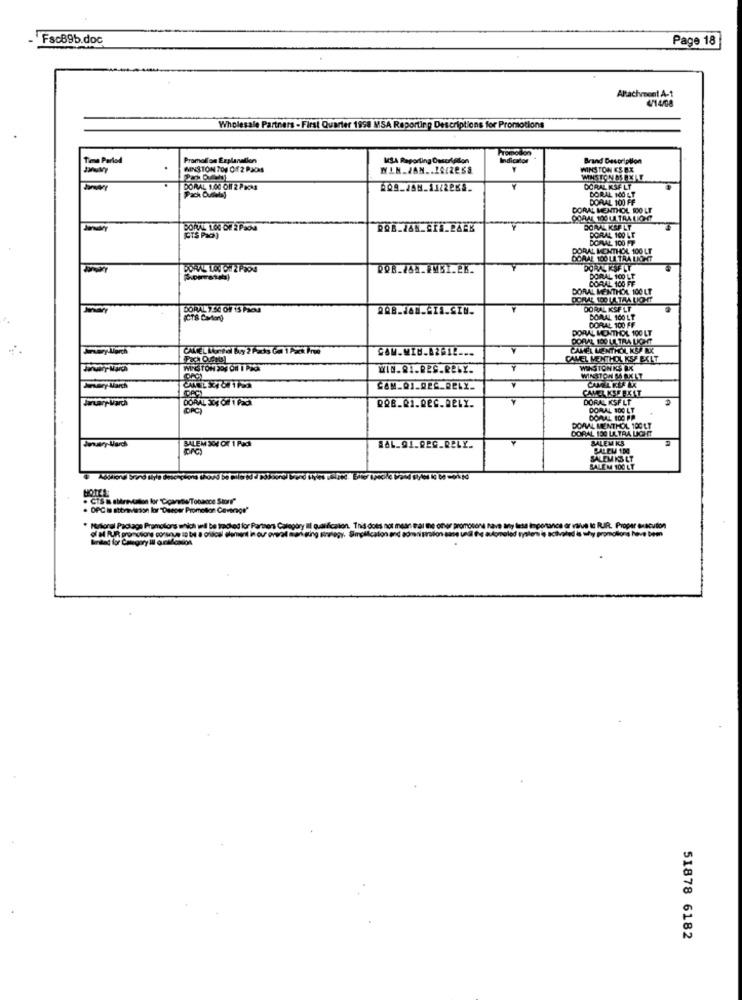
Fsc89b.doc
Page 18
Altacheont A-1
4/14/08
Wholesale Partners - First Quarter 1998 MSA Reporting Descriptions for Promotions
Tesa Period
Promotion Explanation
MSA Reporting Descrigilon
Brand Description
MINSTON TON Of 2 PJONS
WINSTON ES EX
WINSTON &SPELE
DORAL 1.00 01 2 PIMA
DORAL KSF LT
Pack Ousebay
DORAL 100 LT
DORAL 100 FF
DORAL MENTHOL TOO LE
CORAL 100 LA TRA LIGHT
BOITEL LOC OF 2 PaoM
BORAL KSP LT
PORAL 100 LT
DORVAL 100 FF
DORAL MONTHOL 100 LT
DORAL 100 LA TRA LICHOT
DORAL LOU ON 2 POON
DORAL KSFLY
CORAL 100 FF
DORAL 100 LE
DORAL MENTHOL 100 LT
DORAL 7.5€ OF 15 Pes
DORAL KSF LT
BORAL 100 LT
PORAL MONTHOL 100 LT
DORAL 100 FF
PORAL 100 LA TRA LICHT
Jurory -March
COM.MIN.AZBIL ...
CAMEL MENTHOL KOP RX
Fach Ouents
CAMEL MENTHOL KSE EXLT
WINSTON DOS OH I PACK
WIN.81.RES.RELY.
Y
WENSTON KS BX
A
WINSTON MAX LT
Jewery-March
4
CAMELKSERIKAT
January March
DORAL KSF LT
(PC )
DORAL 100 LT
DORAL 100 PP
DORAL 130 ULTRA LIGHT
DOMAL MENTHOL 100 LT
Jeary Varch
BALEM KS
SALEM 304 OX 1 Pack
SAL.91.REG.RELY ..
SALEM 100
SALEMIS LT
SALEM 100 LT
. CTS I abbrevtan for Ciparte Tobance Storf"
. DPC Is atitreviason lor"Descer Promotor Coverage"
* Mullonal Package Promotions which wil be tracked for Partners Category III qualification. This does
Biridad for Category Ill quelloaos
HAR porcion's come to be a orifcel element in our overat man ging Kolegy. Sinplificato
51878 6182